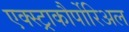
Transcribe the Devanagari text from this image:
एक्स्ट्राकौर्पोरिअल